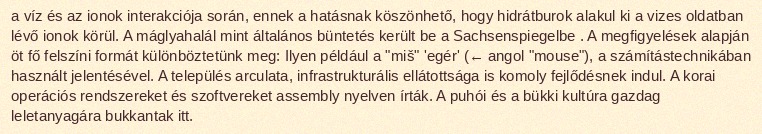
a víz és az ionok interakciója során, ennek a hatásnak köszönhető, hogy hidrátburok alakul ki a vizes oldatban lévő ionok körül. A máglyahalál mint általános büntetés került be a Sachsenspiegelbe . A megfigyelések alapján öt fő felszíni formát különböztetünk meg: Ilyen például a "miš" 'egér' (← angol "mouse"), a számítástechnikában használt jelentésével. A település arculata, infrastrukturális ellátottsága is komoly fejlődésnek indul. A korai operációs rendszereket és szoftvereket assembly nyelven írták. A puhói és a bükki kultúra gazdag leletanyagára bukkantak itt.